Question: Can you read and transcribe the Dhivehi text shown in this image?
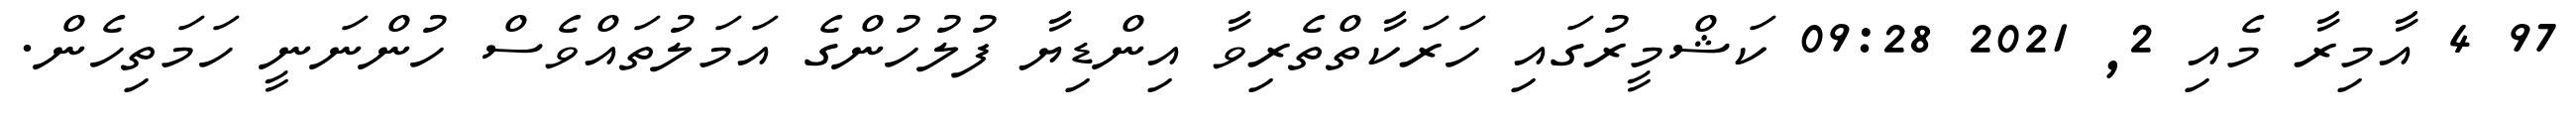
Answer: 97 4 އާމިރާ މެއި 2, 2021 09:28 ކަޝްމީރުގައި ހަރަކާތްތެރިވާ އިންޑިޔާ ފުލުހުންގެ އަމަލުތައްވެސް ހުންނަނީ ހަމަތިހެން.